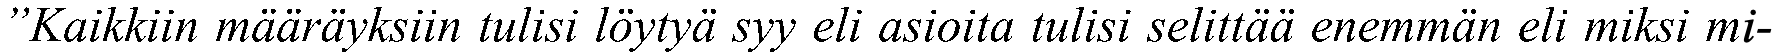
”Kaikkiin määräyksiin tulisi löytyä syy eli asioita tulisi selittää enemmän eli miksi mi-